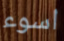
اسوء